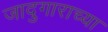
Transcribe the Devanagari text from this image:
जादुगाराच्या